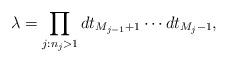
LaTeX: \begin{align*}\lambda=\prod_{j: n_j>1} dt_{M_{j-1}+1}\cdots dt_{M_j-1},\end{align*}